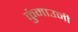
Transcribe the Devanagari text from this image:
कुंमाउनी